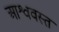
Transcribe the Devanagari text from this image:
आश्ववस्त